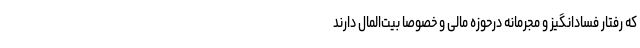
که رفتار فسادانگیز و مجرمانه درحوزه مالی و خصوصاً بیت‌المال دارند